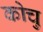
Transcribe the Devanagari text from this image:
कोचु